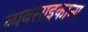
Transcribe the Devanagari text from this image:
व्यवसाइकाना